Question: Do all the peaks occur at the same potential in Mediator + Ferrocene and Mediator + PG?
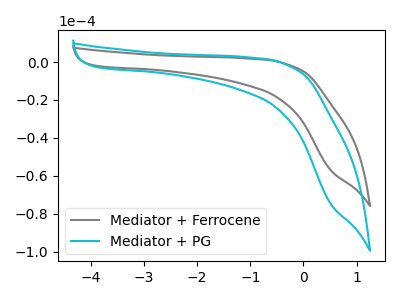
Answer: <think>The gray curve "Mediator + Ferrocene" has no peaks. The cyan curve "Mediator + PG" has no peaks.</think>
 <answer>Niether CV has any peaks.</answer>
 <eval>blanks</eval>